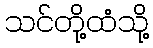
သင်တို့ထံသို့